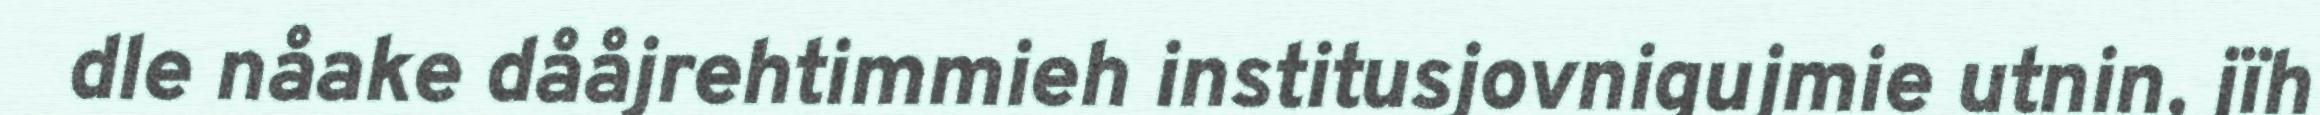
dle nåake dååjrehtimmieh institusjovnigujmie utnin, jïh